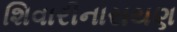
શિવારીનારાયણ